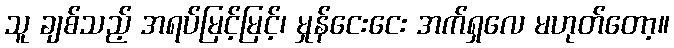
သူ ချစ်သည့် အရပ်မြင့်မြင့်၊ မှုန်ငေးငေး အက်ရှလေ မဟုတ်တော့။